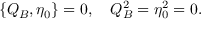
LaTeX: \{ Q _ { B } , \eta _ { 0 } \} = 0 , \quad Q _ { B } ^ { 2 } = \eta _ { 0 } ^ { 2 } = 0 .